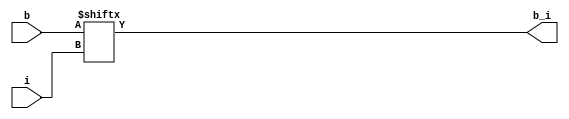
module b_to_b_i (
              input signed [255:0] b,
              input [7:0] i,
              output reg b_i
              );
               
always @ * 
begin
  b_i = b[i];
  //$write("%b",b_i);
end
endmodule